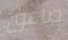
صاعق